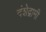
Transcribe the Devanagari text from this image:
दंशेद्गामी